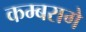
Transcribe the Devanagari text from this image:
कम्बरागे